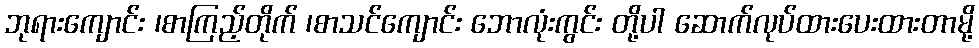
ဘုရားကျောင်း ၊စာကြည့်တိုက် ၊စာသင်ကျောင်း ဘောလုံးကွင်း တို့ပါ ဆောက်လုပ်ထားပေးထားတာမို့